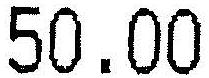
50.00